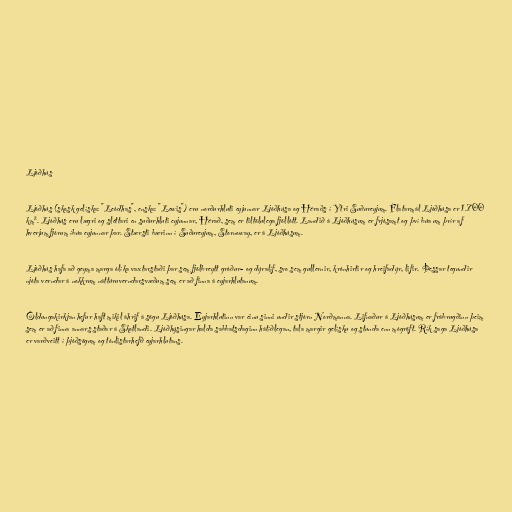
Ljóðhús

Ljóðhús (skosk gelíska: "Leòdhas", enska: "Lewis") eru norðurhluti eyjunnar Ljóðhúsa og Héraðs í Ytri Suðureyjum. Flatarmál Ljóðhúsa er 1.700
km². Ljóðhús eru lægri og sléttari en suðurhluti eyjunnar, Hérað, sem er tiltölulega fjöllótt. Landið á Ljóðhúsum er frjósamt og því búa um þrír af
hverjum fjórum íbúa eyjunnar þar. Stærsti bærinn í Suðureyjum, Stornoway, er á Ljóðhúsum.

Ljóðhús hafa að geyma marga ólíka vaxtarstaði þar sem fjölbreytt gróður- og dýralíf, svo sem gullernir, krónhirtir og hreifadýr, lifir. Þessar tegundir
njóta verndar á nokkrum náttúruverndarsvæðum sem er að finna á eyjarhlutanum.

Öldungakirkjan hefur haft mikil áhrif á sögu Ljóðhúsa. Eyjarhlutinn var einu sinni undir stjórn Norðmanna. Lifnaður á Ljóðhúsum er frábrugðinn þeim
sem er að finna annars staðar á Skotlandi. Ljóðhýsingar halda sabbatsdaginn hátíðlegan, tala margir gelísku og stunda enn mógröft. Rík saga Ljóðhúsa
er varðveitt í þjóðsögum og tónlistarhefð eyjarhlutans.